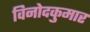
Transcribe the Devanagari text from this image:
विनोदकुमार